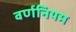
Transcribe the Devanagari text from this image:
वर्णनियम